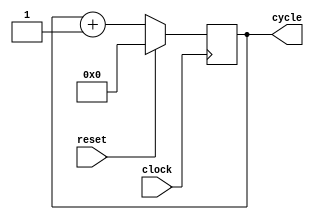
//Cycle_Counter.v

module Cycle_Counter(
	input wire clock, reset,
	output reg [15:0] cycle);
				
	initial begin
			cycle = 0;
	end
	
	always @(posedge clock) begin
		if (reset == 1'b1) begin 
			cycle <= 0;
		end else begin
			cycle <= cycle + 1;
		end
	end
	

endmodule